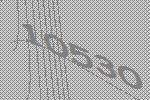
10530